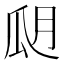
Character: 𤫮